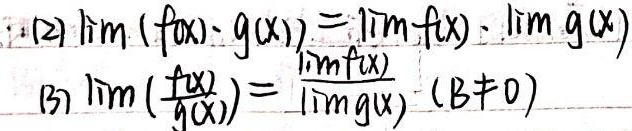
(2) $\lim(f(x)\cdot g(x))=\lim f(x)\cdot\lim g(x)$

(3) $\lim\left(\frac{f(x)}{g(x)}\right)=\frac{\lim f(x)}{\lim g(x)}(B\neq0)$